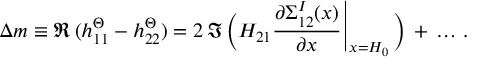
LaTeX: \Delta m \equiv \Re \, ( h _ { 1 1 } ^ { \mit \Theta } - h _ { 2 2 } ^ { \mit \Theta } ) = 2 \, \Im \, \Big ( H _ { 2 1 } { \frac { \partial { \Sigma } _ { 1 2 } ^ { I } ( x ) } { \partial x } \, \vrule \, } _ { x = H _ { 0 } } \, \Big ) \, + \, \ldots \, .